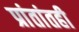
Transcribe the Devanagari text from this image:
प्रांतांतही